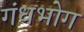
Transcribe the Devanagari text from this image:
गंधभोग